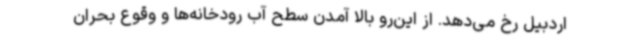
اردبیل رخ می‌دهد. از این‌رو بالا آمدن سطح آب رودخانه‌ها و وقوع بحران